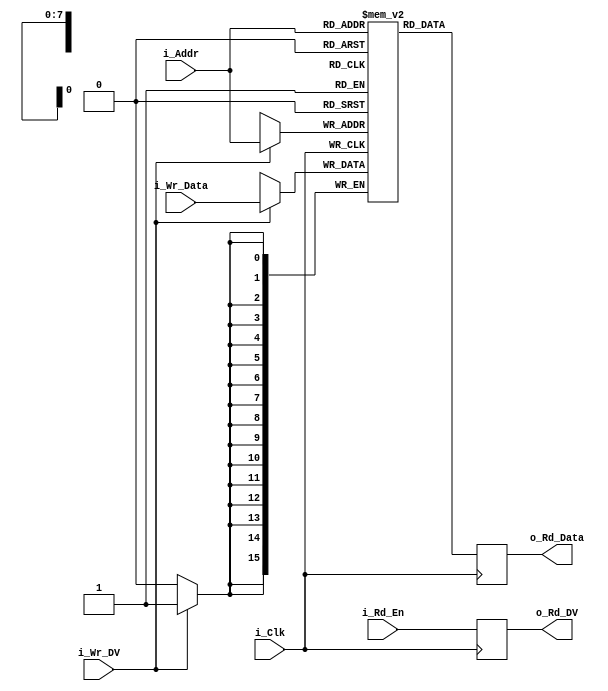
module RAM_1Port #(parameter WIDTH = 16, parameter DEPTH = 256) (
  input                     i_Clk,
  // Shared address for writes and reads
  input [$clog2(DEPTH)-1:0] i_Addr,
  // Write Interface
  input                     i_Wr_DV,
  input [WIDTH-1:0]         i_Wr_Data,
  // Read Interface
  input                     i_Rd_En,
  output reg                o_Rd_DV,
  output reg [WIDTH-1:0]    o_Rd_Data
  );
  
  reg [WIDTH-1:0] r_Mem [DEPTH-1:0];

  always @(posedge i_Clk)
  begin
    // Handle writes to memory
    if (i_Wr_DV)
    begin
      r_Mem[i_Addr] <= i_Wr_Data;
    end

    // Handle reads from memory
    o_Rd_Data <= r_Mem[i_Addr];
    o_Rd_DV   <= i_Rd_En; // Generate DV pulse
  end

endmodule